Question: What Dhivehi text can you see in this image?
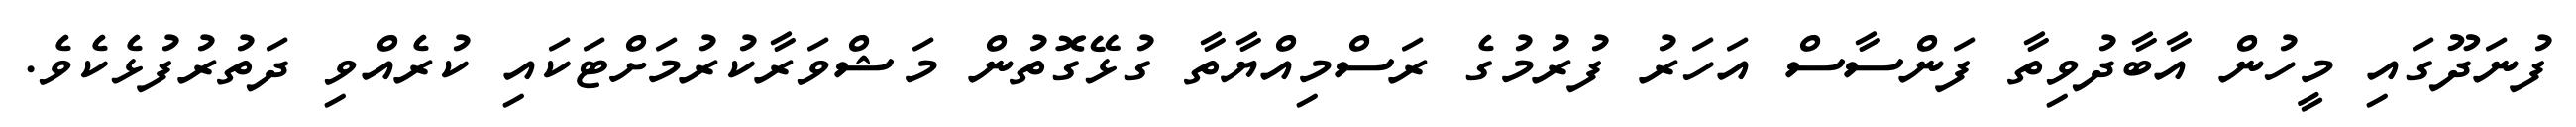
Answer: ފުނަދޫގައި މީހުން އާބާދުވިތާ ފަންސާސް އަހަރު ފުރުމުގެ ރަސްމިއްޔާތާ ގުޅޭގޮތުން މަޝްވަރާކުރުމަށްޓަކައި ކުރެއްވި ދަތުރުފުޅެކެވެ.